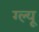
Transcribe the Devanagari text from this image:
ग्ल्यू